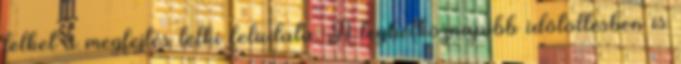
lelket a megfejtés lelki feladata. A leghétköznapibb időtöltésben is